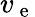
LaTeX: v_{\mathrm{~e~}}